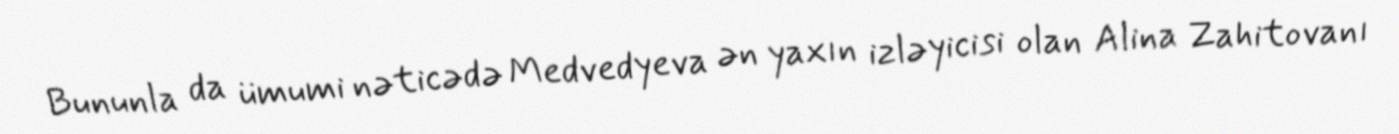
Bununla da ümumi nəticədə Medvedyeva ən yaxın izləyicisi olan Alina Zahitovanı